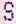
S